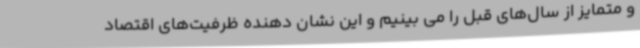
و متمایز از سال‌های قبل را می بینیم و این نشان دهنده ظرفیت‌های اقتصاد